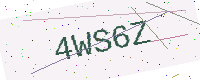
Text: 4WS6Z